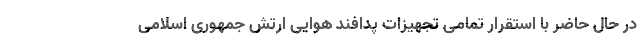
در حال حاضر با استقرار تمامی تجهیزات پدافند هوایی ارتش جمهوری اسلامی